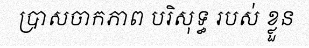
ប្រាសចាកភាព បរិសុទ្ធ របស់ ខ្លួន